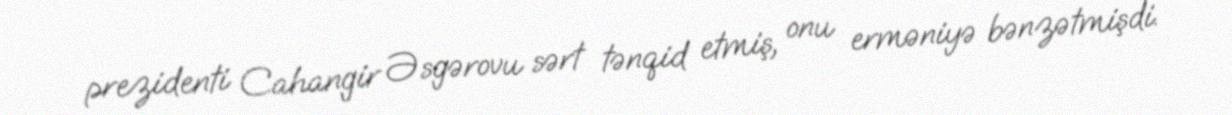
prezidenti Cahangir Əsgərovu sərt tənqid etmiş, onu erməniyə bənzətmişdi.